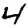
Digit: 4